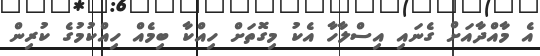
އެ މާއްދާއަށް ގެނައި އިސްލާހާ އެކު މިގޮތަށް ހިއްކާ ބިމެއް ހިއްކުމުގެ ކުރިން